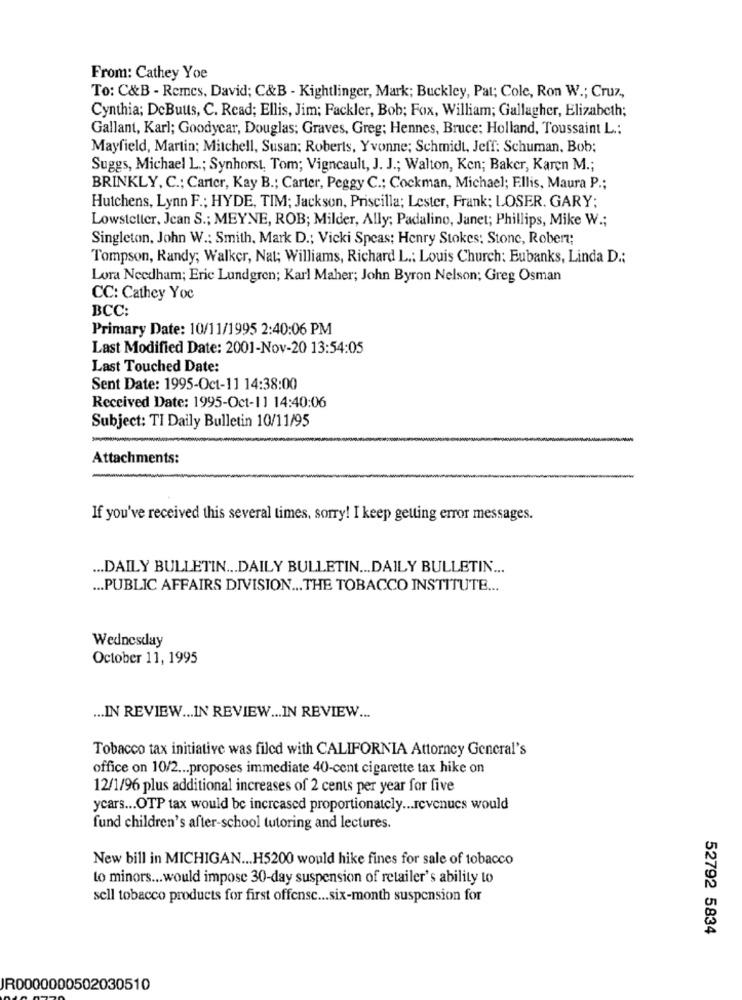
From: Cathey Yoe
To: C&B - Remes, David; C&B - Kightlinger, Mark; Buckley, Pat; Cole, Ron W .; Cruz,
Cynthia; DeBuuts, C. Read; Ellis, Jim; Fackler, Bob; Fox, William; Gallagher, Elizabeth;
Gallant, Karl; Goodycar, Douglas; Graves, Greg; Hennes, Bruce: Holland, Toussaint L .:
Mayfield, Martin; Mitchell, Susan: Roberts, Yvonne; Schmidt, Jeff: Schuman, Bob;
Suggs, Michael L .; Synhorst, Tom; Vigneault, J. J .; Walton, Ken; Baker, Karen M .;
BRINKLY, C .; Carter, Kay B .; Carter, Peggy C .; Cockman, Michael; Ellis, Maura P .;
Hutchens, Lynn F .; HYDE, TIM; Jackson, Priscilla; Lester, Frank; LOSER. GARY;
Lowsteller, Jean S .; MEYNE, ROB; Milder, Ally; Padalino, Janet; Phillips, Mike W .;
Singleton, John W .: Smith, Mark D .; Vicki Speas; Henry Stokes; Stone, Robert;
Tompson, Randy; Walker, Nat; Williams, Richard L .: Louis Church: Eubanks, Linda D .:
Lora Needham; Eric Lundgren; Karl Maher; John Byron Nelson; Greg Osman
CC: Cathey Yoc
BCC:
Primary Date: 10/11/1995 2:40:06 PM
Last Modified Date: 2001-Nov-20 13:54:05
Last Touched Date:
Sent Date: 1995-Oct-11 14:38:00
Received Date: 1995-Oct-11 14:40:06
Subject: TI Daily Bulletin 10/11/95
Attachments:
If you've received this several times, sorry! I keep getting error messages.
... DAILY BULLETIN ... DAILY BULLETIN ... DAILY BULLETIN ...
... PUBLIC AFFAIRS DIVISION ... THE TOBACCO INSTITUTE ...
Wednesday
October 11, 1995
... IN REVIEW ... IN REVIEW ... IN REVIEW ...
Tobacco tax initiative was filed with CALIFORNIA Attorney General's
office on 10/2 ... proposes immediate 40-cent cigarette tax hike on
12/1/96 plus additional increases of 2 cents per year for five
ycars ... OTP tax would be increased proportionately ... revenues would
fund children's after-school tutoring and lectures.
New bill in MICHIGAN ... H5200 would hike fines for sale of tobacco
to minors ... would impose 30-day suspension of retailer's ability to
sell tobacco products for first offense ... six-month suspension for
52792 5834
JR0000000502030510